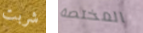
شربت المختصة